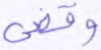
وقضي